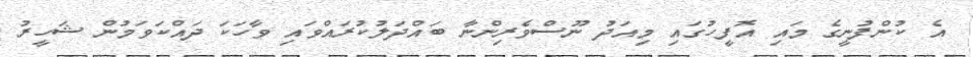
އެ ކުންފުނީގެ މައި އޮފީހުގައި މިއަދު ނޫސްވެރިންނާ ބައްދަލުކުރައްވައި ވާހަކަ ދައްކަވަމުން ޝަހީރު